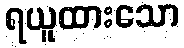
ရယူထားသော